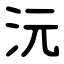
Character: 沅